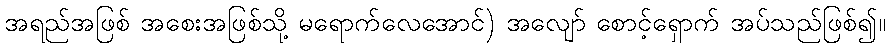
အရည်အဖြစ် အစေးအဖြစ်သို့ မရောက်လေအောင်) အလျော် စောင့်ရှောက် အပ်သည်ဖြစ်၍။